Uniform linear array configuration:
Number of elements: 64
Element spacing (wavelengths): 0.25
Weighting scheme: cosine
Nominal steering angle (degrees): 60
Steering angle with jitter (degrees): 60.484
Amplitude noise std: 0.05
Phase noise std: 0.05

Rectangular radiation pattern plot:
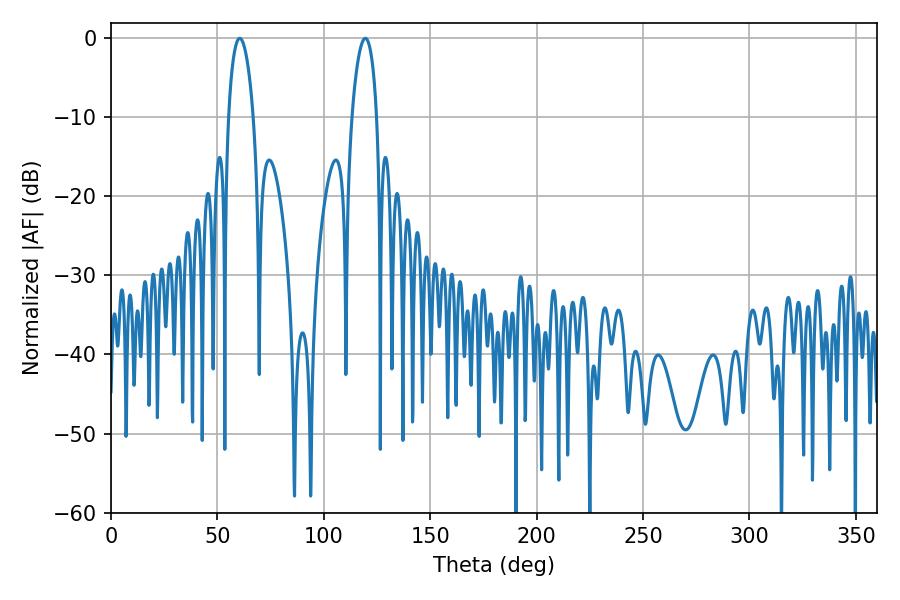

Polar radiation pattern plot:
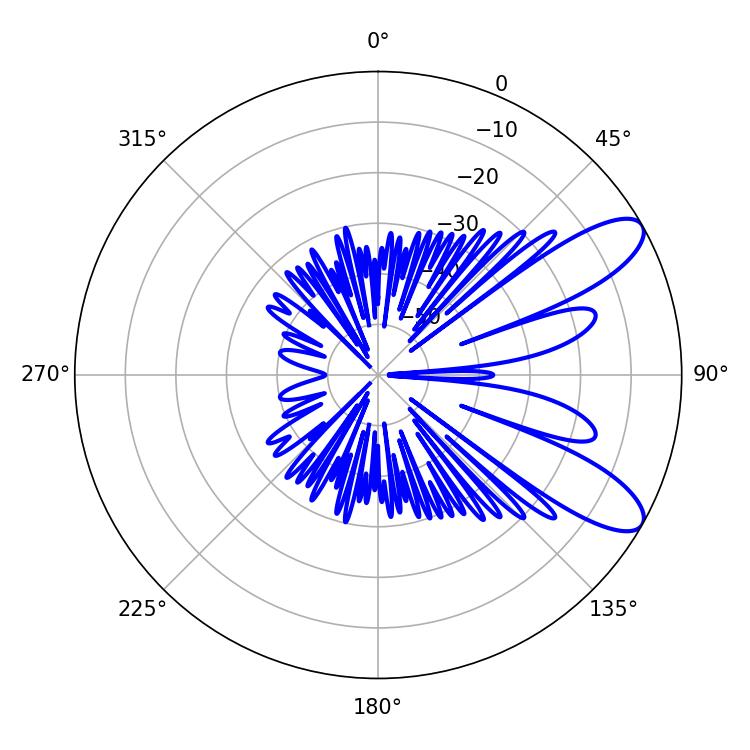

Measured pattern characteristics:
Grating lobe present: FALSE
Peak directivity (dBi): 9.54
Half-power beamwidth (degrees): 6.48
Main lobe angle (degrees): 60.48